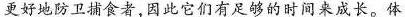
更好地防卫捕食者，因此它们有足够的时间来成长。体